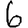
Digit: 6